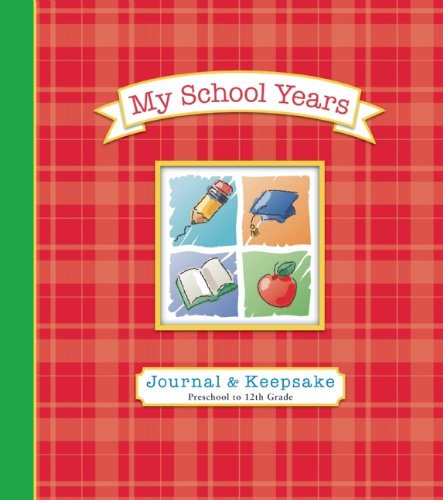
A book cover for My School Years Journal & Keepsake: Preschool to 12th Grade; Alex A. Lluch; Parenting & Relationships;